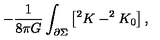
- \frac { 1 } { 8 \pi G } \int _ { \partial \Sigma } \left[ ^ { 2 } K - ^ { 2 } K _ { 0 } \right] ,